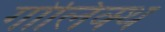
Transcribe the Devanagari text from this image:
गोलिक्थ